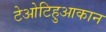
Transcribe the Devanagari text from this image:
टेओटिहुआकान